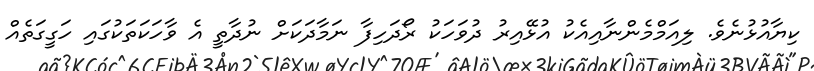
ކިޔާއުޅުނެވެ. ލިއަމްމެންނާއިއެކު އުޅޭއިރު ދުވަހަކު ރޯދަހިފާ ނަމާދަކަށް ނުދާތީ އެ ވާހަކަތަކުގައި ހަގީގަތެއް